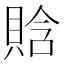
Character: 𧶗